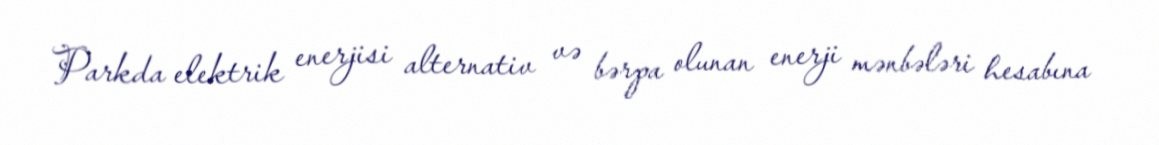
Parkda elektrik enerjisi alternativ və bərpa olunan enerji mənbələri hesabına